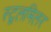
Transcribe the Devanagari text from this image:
स्टूलमिलर